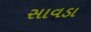
સાવડા